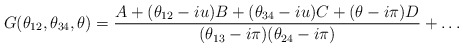
\begin{align*}G(\theta _{12},\theta _{34},\theta )=\frac{A+(\theta _{12}-iu)B+(\theta_{34}-iu)C+(\theta -i\pi )D}{(\theta _{13}-i\pi )(\theta _{24}-i\pi )}+\dots\end{align*}